Annual administration report of the Civil Veterinary Department of India - 1898-1899
Year: 1898
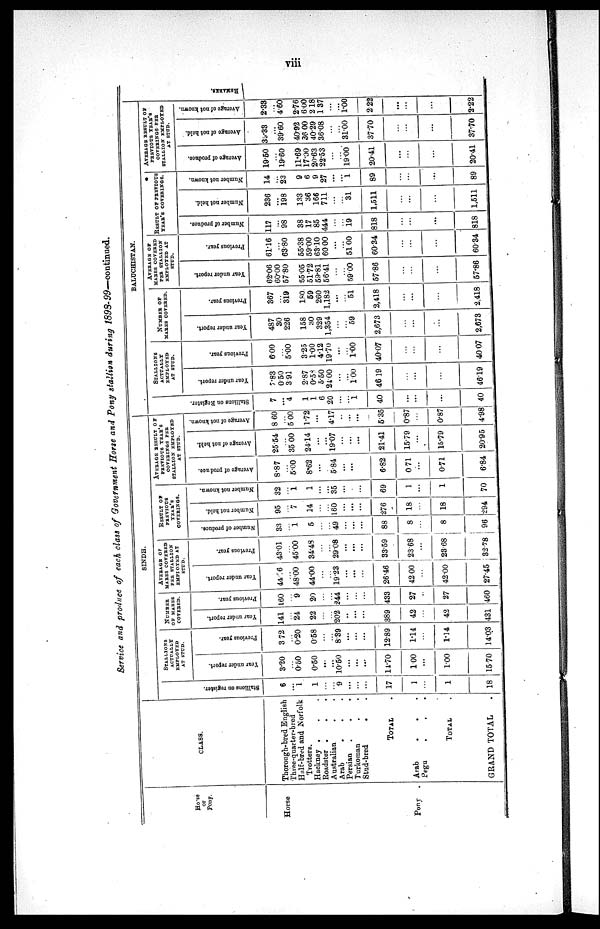
viii
Service and produce of each class of Government Horse and Pony stallion during
1898-99—continued.
Horse
or
Pony.
Horse
Pony .
CLASS.
Thorough-bred English
Three-quarter-bred
Half-bred and Norfolk
Trotters.
Hackney . . .
Roadster . . .
Australian . .
Arab . . .
Persian . . .
Turkoman . .
Stud-bred . .
TOTAL .
Arab . . .
Pegu
.
.
.
TOTAL
.
GRAND TOTAL .
SINDH.
Stallions on register.
6
...
1
1
...
... 9
...
...
...
17
1
...
1
18
STALLIONS
ACTUALLY
EMPLOYED
AT STUD.
Year under report.
3.20
...
0.50
0.50
...
...
10.50
...
...
...
14.70
1.00
...
1.00
15.70
Previous year.
3.72
...
0.20
0.58
...
... 8.39
...
...
...
12.89
1.14
...
1.14
14.03
NUMBER
OF MARES
COVERED.
Year under report.
141
...
24
22
...
...
202
..
...
...
389
42
...
42
431
Previous year.
160
...
9
20
...
...
244
...
...
...
433
27
...
27
460
AVERAGE OF
MARES COVERED
PER STALLION
EMPLOYED AT
STUD.
Year under report.
44.96
...
48.00
44.00
...
...
19.23
...
...
...
26.46
42.00
...
42.00
27.45
Previous year.
43.01
...
45.00
34.48
...
...
29.08
...
...
...
33.59
23.68
...
23.68
32.78
RESULT
OF
PREVIOUS
YEAR'S
COVERINGS.
Number of produce.
33
...
1
5
...
...
49
...
...
...
88
8
...
8
96
Number not held.
95
...
7
14
...
...
160
...
...
...
276
18
...
18
294
Number not known.
32
...
1
1
...
...
35
...
...
69
1
...
1
70
AVERAGE RESULT OF
PREVIOUS YEAR'S
COVERINGS PER
STALLION EMPLOYED
AT STUD.
Average
of produce.
8.87
...
5.00
8.62
...
5.84
...
...
6.82
0.71
...
0.71
6.84
Average of not held.
25.54
...
35.00
24.14
...
...
19.07
...
...
...
21.41
15.79
...
15.79
20.95
Average of not known.
8.60
...
5.00
1.72
...
4.17
..
...
...
5.35
0.87
...
0.87
4.98
BALUCHISTAN.
Stallions on Register.
7
...
4
1
1
6
20
...
...
1
40
...
...
...
40
STALLIONS
ACTUALLY
EMPLOYED
AT STUD.
Year under report.
7.83
0.50
3.91
2.87
0.58
5.50
24.00
...
...
1.00
46.19
...
...
...
46.19
Previous year.
6.00
...
5.00
3.25
1.00
4.12
19.70
...
...
1.00
40.07
...
...
...
40.07
NUMBER OF
MARES COVERED.
Year under report.
487
30
226
158
30
329
1,354
...
...
59
2,673
...
...
...
2,673
Previous year.
367
...
319
180
59
260
1,182
...
...
51
2,418
...
...
...
2,418
AVERAGE OF
MARES COVERED
PER STALLION
EMPLOYED AT
STUD.
Year under report.
62.06
60.00
57.80
55.05
51.72
59.81
56.41
...
...
59.00
57.86
...
...
...
57.86
Previous year.
61.16
...
63.80
55.38
59.00
63.10
60.00
...
...
51.00
60.34
...
...
...
60.34
RESULT OF PREVIOUS
YEAR'S
COVERINGS.
Number of produce.
117
...
98
38
17
85
444
...
...
19
818
...
...
...
818
Number not held.
236
...
198
133
36
166
711
...
...
31
1,511
...
...
...
1,511
Number
not known.
14
...
23
9
6
9
27
...
...
1
89
...
...
...
89
AVERAGE RESULT OF
PREVIOUS YEAR'S
COVERINGS PER
STALLION EMPLOYED
AT STUD.
Average of produce.
19.50
...
19.60
11.69
17.00
20.63
22.53
...
...
19.00
20.41
...
...
...
20.41
Average of not held.
39.33
...
39.60
40.92
36 00
40.29
36.08
...
...
31.00
37.70
...
...
...
37.70
Average of not known.
2.33
...
4.60
276
6.00
2.18
1.37
...
...
1.00
2.22
...
...
...
2.22
REMARKS.